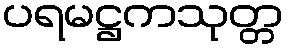
ပရမဋ္ဌကသုတ္တ